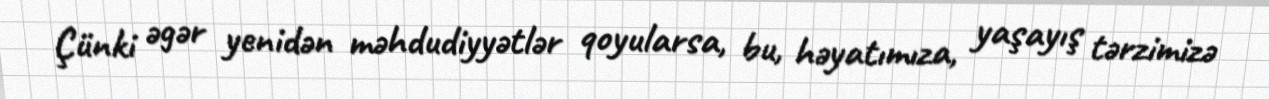
Çünki əgər yenidən məhdudiyyətlər qoyularsa, bu, həyatımıza, yaşayış tərzimizə